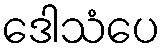
ဒေါသံပေ